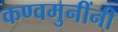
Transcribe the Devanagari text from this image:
कण्वमुनींनी